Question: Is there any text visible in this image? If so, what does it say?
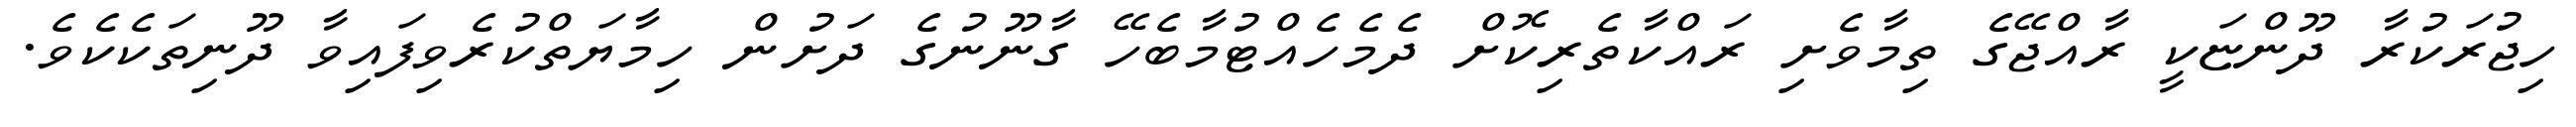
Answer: ހިޖުރަކުރާ ދޫންޏަކީ ރާއްޖޭގެ ތިމާވެށި ރައްކާތެރިކޮށް ދެމެހެއްޓުމާބެހޭ ގާނޫނުގެ ދަށުން ހިމާޔަތްކުރެވިފައިވާ ދޫނިތަކެކެވެ.